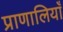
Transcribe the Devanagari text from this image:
प्राणालियाँ